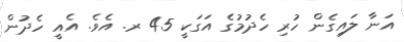
އަނާ ލައިގެން ހުރި ހެދުމުގެ އަގަކީ 45 ރ. އެވެ. އެއީ ހެދުން